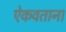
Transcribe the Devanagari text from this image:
ऐकवताना